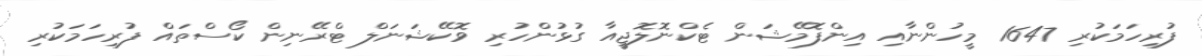
ފުރިހަމަކުރި 1647 މީހުންނާއި އިންފޮމޭޝަން ޓެކްނޮލޮޖީއާ ގުޅުންހުރި ވޮކޭޝަނަލް ޓްރޭނިން ކޯސްތައް ފުރިހަމަކުރި